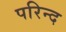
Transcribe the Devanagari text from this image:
परिन्द